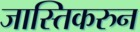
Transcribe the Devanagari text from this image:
जास्तिकरुन